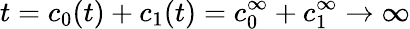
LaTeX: t=c_{0}(t)+c_{1}(t)=c_{0}^{\infty}+c_{1}^{\infty}\rightarrow\infty